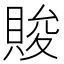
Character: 賐